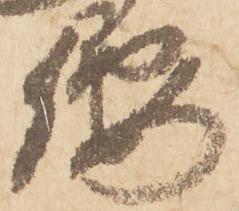
腰